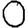
Digit: 0